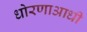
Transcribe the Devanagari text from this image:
धोरणाआधी